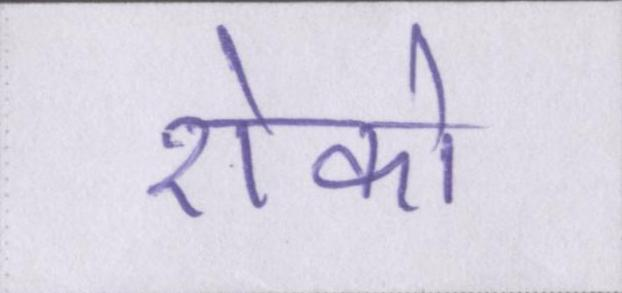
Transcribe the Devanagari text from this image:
रोको